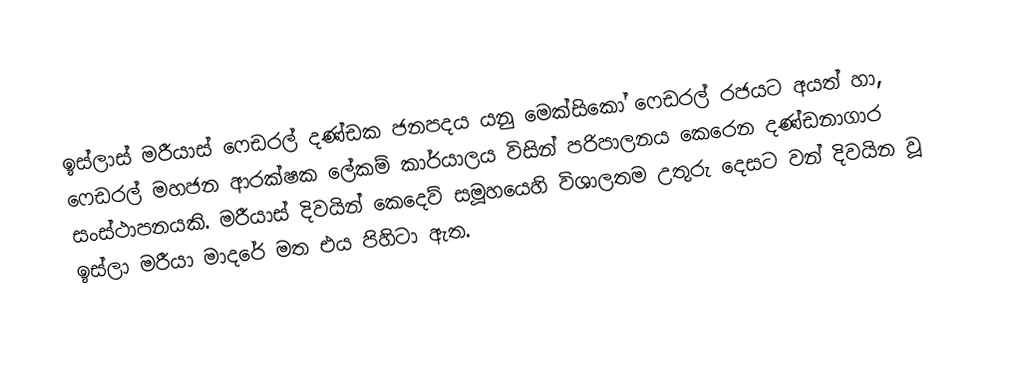
ඉස්ලාස් මරීයාස් ෆෙඩරල් දණ්ඩක ජනපදය  යනු මෙක්සිකෝ ෆෙඩරල් රජයට අයත් හා, ෆෙඩරල් මහජන ආරක්ෂක ලේකම් කාර්යාලය විසින් පරිපාලනය කෙරෙන දණ්ඩනාගාර සංස්ථාපනයකි. මරීයාස් දිවයින් කෙදෙව් සමූහයෙහි විශාලතම උතුරු දෙසට වන් දිවයින වූ ඉස්ලා මරීයා මාදරේ මත එය පිහිටා ඇත.